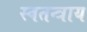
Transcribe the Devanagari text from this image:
स्वतन्त्राय